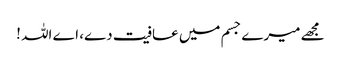
مجھے میرے جسم میں عافیت دے، اے اللہ !